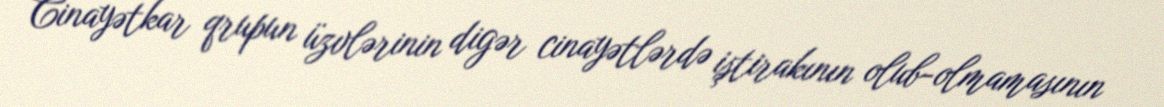
Cinayətkar qrupun üzvlərinin digər cinayətlərdə iştirakının olub-olmamasının